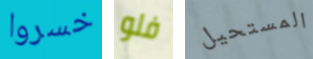
خسروا فلو المستحيل